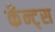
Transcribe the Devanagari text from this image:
कँन्ट्‌स